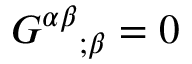
{ G ^ { \alpha \beta } } _ { ; \beta } = 0